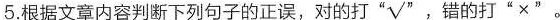
5.根据文章内容判断下列句子的正误，对的打”√”，错的打'×”。